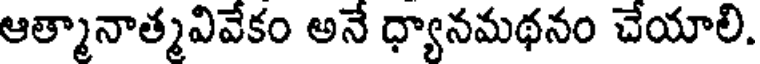
ఆత్మానాత్మవివేకం అనే ధ్యానమథనం చేయాలి.